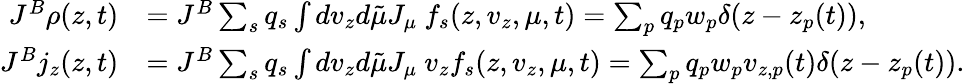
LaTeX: \begin{array}{rl}{J^{B}\rho(z,t)}&{=J^{B}\sum_{s}q_{s}\int dv_{z}d\tilde{\mu}J_{\mu}~f_{s}(z,v_{z},\mu,t)=\sum_{p}q_{p}w_{p}\delta(z-z_{p}(t)),}\\ {J^{B}j_{z}(z,t)}&{=J^{B}\sum_{s}q_{s}\int dv_{z}d\tilde{\mu}J_{\mu}~v_{z}f_{s}(z,v_{z},\mu,t)=\sum_{p}q_{p}w_{p}v_{z,p}(t)\delta(z-z_{p}(t)).}\end{array}